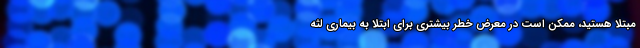
مبتلا هستید، ممکن است در معرض خطر بیشتری برای ابتلا به بیماری لثه